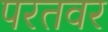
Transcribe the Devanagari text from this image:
परतवर